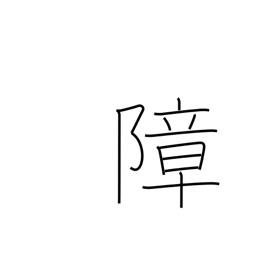
Meaning: hinder